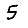
Digit: 5